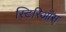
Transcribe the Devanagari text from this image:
स्टिरिऑस